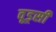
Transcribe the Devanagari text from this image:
वूड्सी